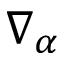
\nabla _ { \alpha }